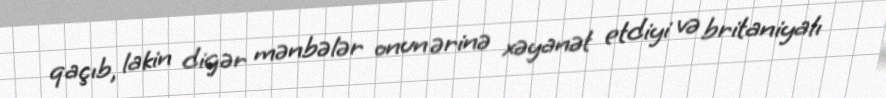
qaçıb, lakin digər mənbələr onun ərinə xəyanət etdiyi və britaniyalı